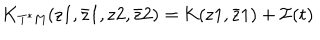
LaTeX: \mathrm { K _ { T ^ { * } M } ( z 1 , \bar { z } 1 , z 2 , \bar { z } 2 ) = K ( z 1 , \bar { z } 1 ) + { \cal { I } } ( t ) }